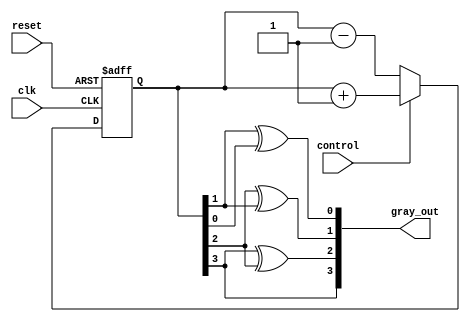
module bidirectional_gray_counter(
    input wire clk,
    input wire reset,
    input wire control,
    output reg [3:0] gray_out
);

reg [3:0] count_reg;
reg [3:0] next_count;

always @(posedge clk or posedge reset) begin
    if (reset) begin
        count_reg <= 4'b0000;
    end else begin
        count_reg <= next_count;
    end
end

always @(*) begin
    next_count = count_reg;
    if (control) begin
        next_count = count_reg + 1;
    end else begin
        next_count = count_reg - 1;
    end
end

assign gray_out = {count_reg[3], count_reg[3] ^ count_reg[2], count_reg[2] ^ count_reg[1], count_reg[1] ^ count_reg[0]};

endmodule